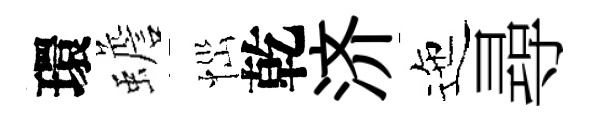
環蟾𢙉乾济迤尋